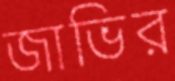
জাভির